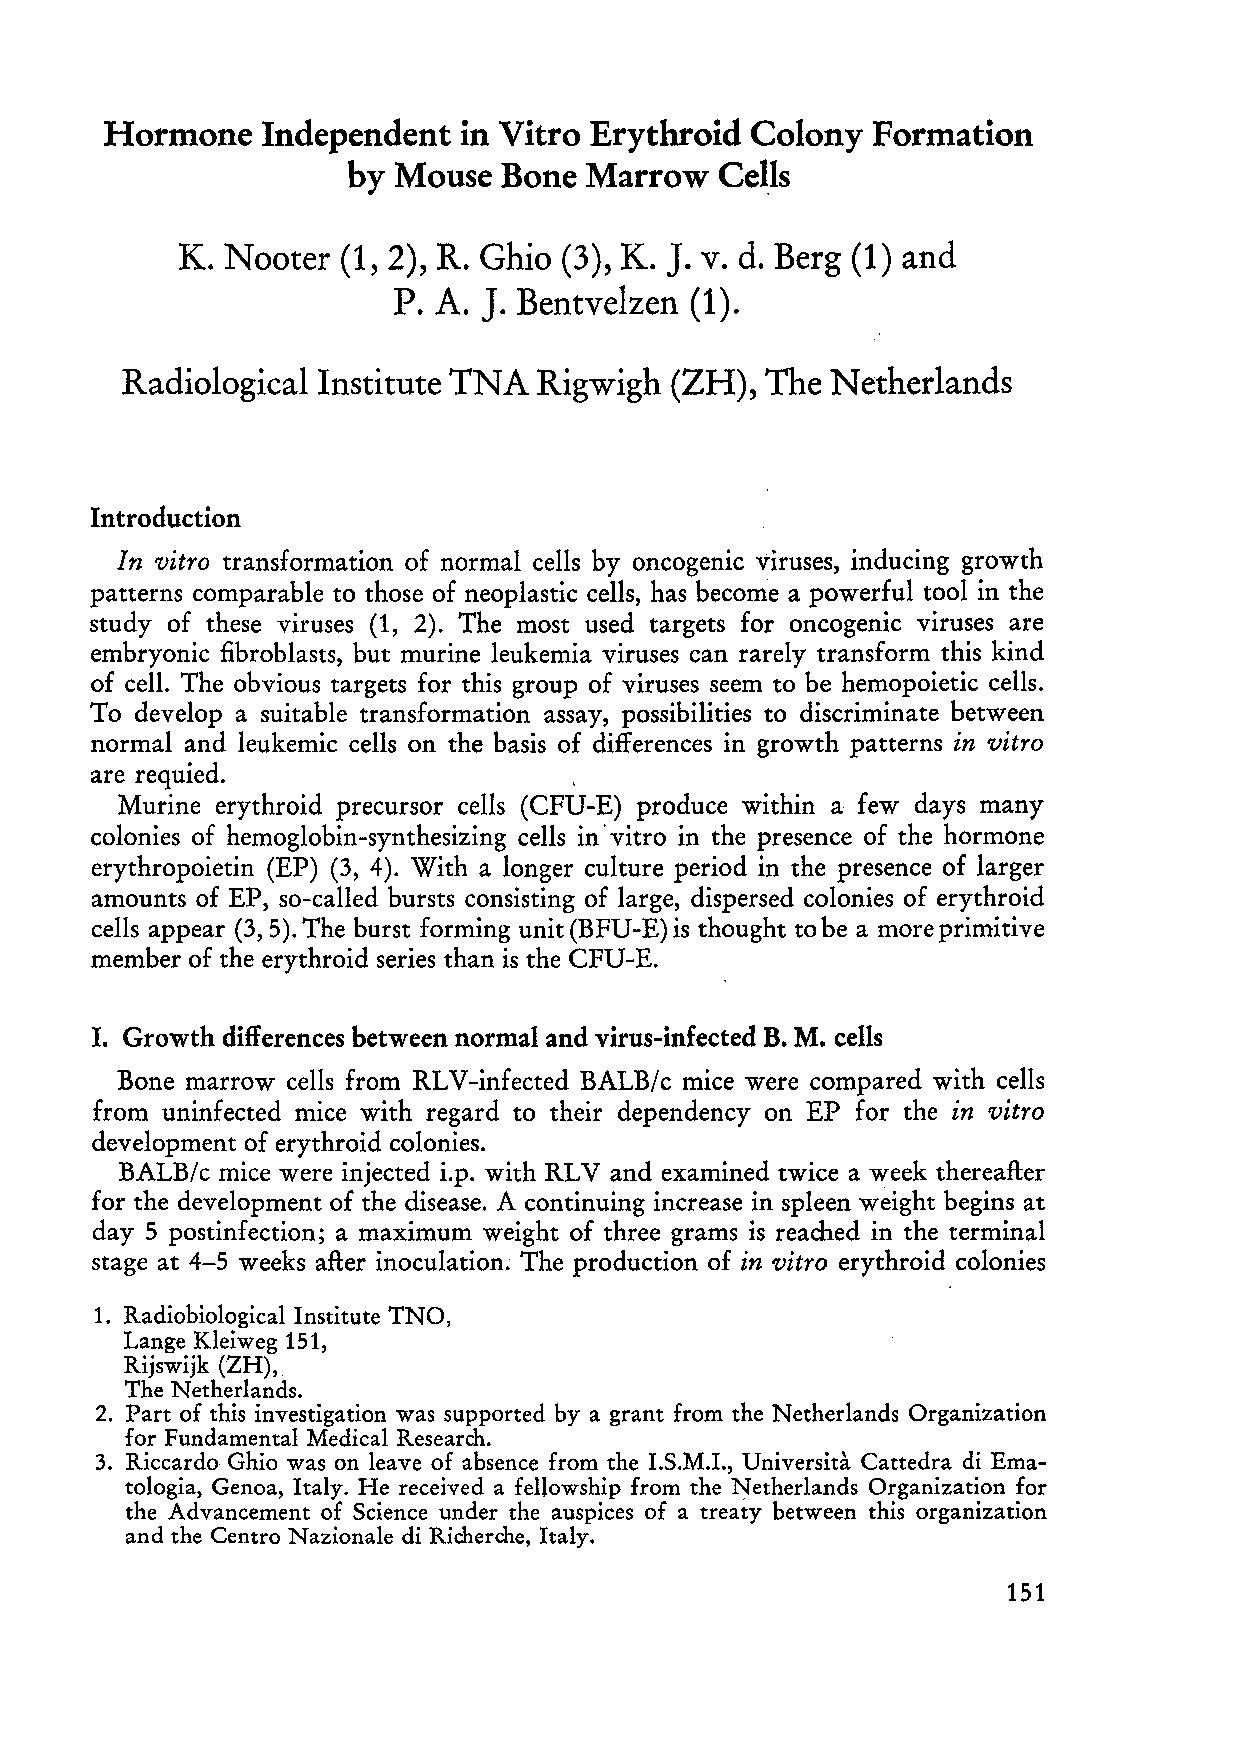
Hormone   Independent   in Vitro Erythroid Colony  Formation
 by Mouse  Bone  Marrow
 Ce~ls
 J.
 K. Nooter  (1, 2), R. Ghio (3), K. v. d. Berg (1) and
 J.
 P. A.   Bentvelzen  (1).
 Radiological Institute TNA  Rigwigh (ZH),  The Netherlands
 Introduction
 In vitro transformation of normal cells by oncogenic viruses, inducing growth
 patterns comparable to those of neoplastic cells, has become a powerful tool in the
 study of these viruses (1, 2). The most used targets for oncogenic viruses are
 embryonic fibroblasts, but murine leukemia viruses can rarely transform this kind
 of cell. The obvious targets for this group of viruses seem to be hemopoietic cells.
 To develop a suitable transformation assay, possibilities to discriminate between
 normal and leukemic cells on the basis of differences in growth patterns in vitro
 are requied.                    ,
 Murine erythroid precursor cells (CFU-E) produce within a few days many
 colonies of hemoglobin-synthesizing cells in' vitro in the presence of the hormone
 erythropoietin (EP) (3, 4). With a longer culture period in the presence of larger
 amounts of EP, so-called bursts consisting of large, dispersed colonies of erythroid
 cells appear (3,5). The burst forming unit (BFU-E) is thought to be a more primitive
 member of the erythroid series than is the CFU-E.
 I. Growth differences between normal and virus-infected B. M. cells
 Bone marrow cells from RLV -infected BALB/ c mice were compared with cells
 from uninfected mice with regard to their dependency on EP for the in vitro
 development of erythroid colonies.
 BALB/c mice were injected i.p. with RLV and examined twice a week thereafter
 for the development of the disease. A continuing increase in spleen weight begins at
 day 5 postinfection; a maximum weight of three grams is reached in the terminal
 stage at 4-5 weeks after inoculation. The production of in vitro erythroid colonies
 1. Radiobiological Institute TNO,
 Lange Kleiweg 151,
 Rijswijk (ZH),
 The N etherlands.
 2. Part of this investigation was supported by a grant from the Netherlands Organization
 for Fundamental Medical Research.
 3. Riccardo Ghio was on leave of absence from the I.S.M.I., Universita Cattedra di Ema
 tologia, Genoa, Italy. He received a fellowship from the Netherlands Organization for
 the Advancement of Science under the auspices of a treaty between this organization
 and the Centro Nazionale di Richerche, Italy.
 151